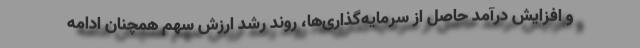
و افزایش درآمد حاصل از سرمایه‌گذاری‌ها، روند رشد ارزش سهم همچنان ادامه